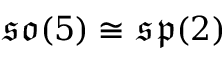
{ \mathfrak { s o } } ( 5 ) \cong { \mathfrak { s p } } ( 2 )